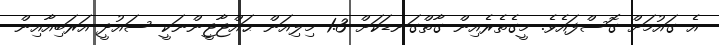
އެ ގައުމަށް ގޮސްފައެވެ. މީގެތެރެއިން ގާތްގަނޑަކަށް 1.3 މިލިއަން ޙައްޖާޖީންނަކީ ސައުދީ އަރަބިއާއިން